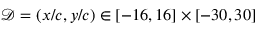
\mathcal { D } = ( x / c , y / c ) \in [ - 1 6 , 1 6 ] \times [ - 3 0 , 3 0 ]